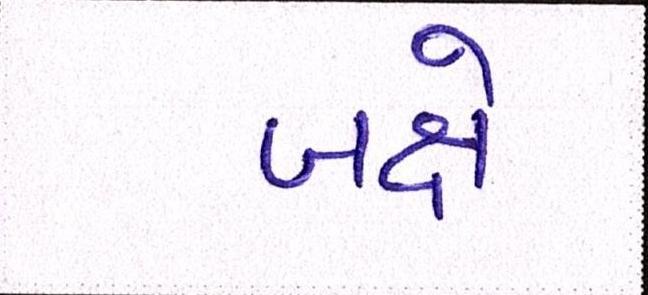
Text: બક્ષે